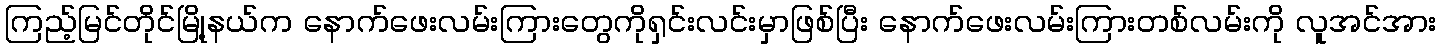
ကြည့်မြင်တိုင်မြို့နယ်က နောက်ဖေးလမ်းကြားတွေကိုရှင်းလင်းမှာဖြစ်ပြီး နောက်ဖေးလမ်းကြားတစ်လမ်းကို လူအင်အား